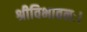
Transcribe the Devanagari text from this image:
श्रीविभावनः।